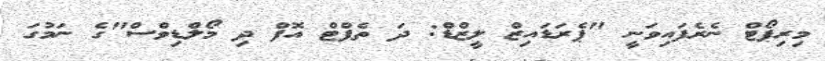
މިރިޕޯޓް ނެރެފައިވަނީ "ޕެރަޑައިޒް ލީޒްޑް: ދަ ތެފްޓް އޮފް ދި މޯލްޑިވްސް"ގެ ނަމުގަ